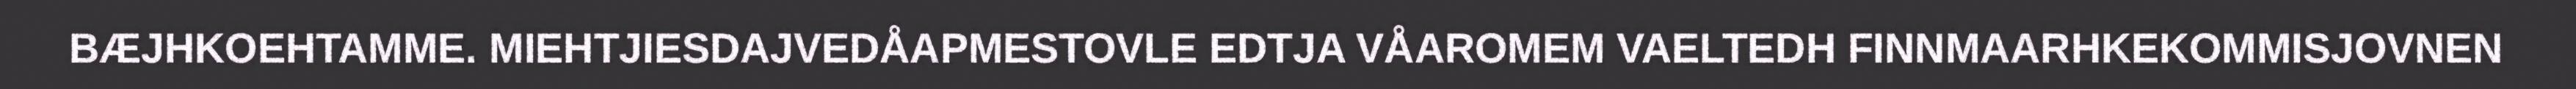
BÆJHKOEHTAMME. MIEHTJIESDAJVEDÅAPMESTOVLE EDTJA VÅAROMEM VAELTEDH FINNMAARHKEKOMMISJOVNEN